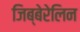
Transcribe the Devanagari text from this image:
जिब्बेरेलिन